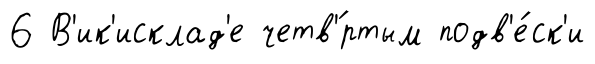
6 В'ик'исклад'е четв'́ртым подв'е́ск'и